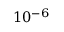
1 0 ^ { - 6 }